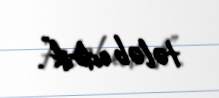
tələb edirik”.